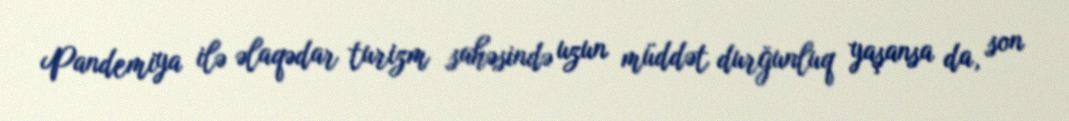
Pandemiya ilə əlaqədar turizm sahəsində uzun müddət durğunluq yaşansa da, son